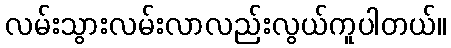
လမ်းသွားလမ်းလာလည်းလွယ်ကူပါတယ်။